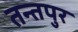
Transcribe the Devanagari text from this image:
तन्तपुर